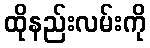
ထိုနည်းလမ်းကို